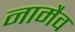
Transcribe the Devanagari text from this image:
नामैव